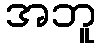
အဘူ